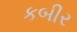
કબીર